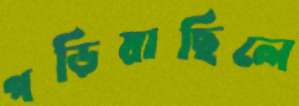
পড়িয়াছিলে